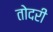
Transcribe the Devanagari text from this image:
तोदरी